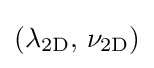
(\lambda _{\mathrm {2D} },\,\nu _{\mathrm {2D} })